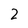
Character: 2